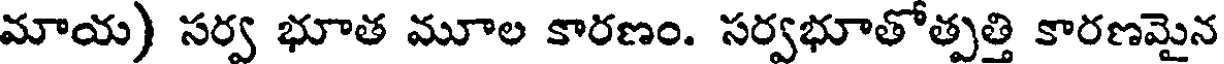
మాయ) సర్వ భూత మూల కారణం. సర్వభూతోత్పత్తి కారణమైన